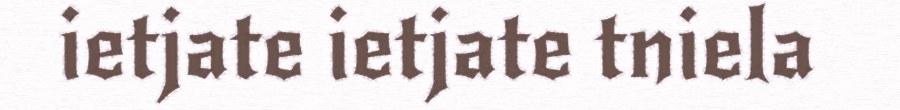
ietjate ietjate tniela